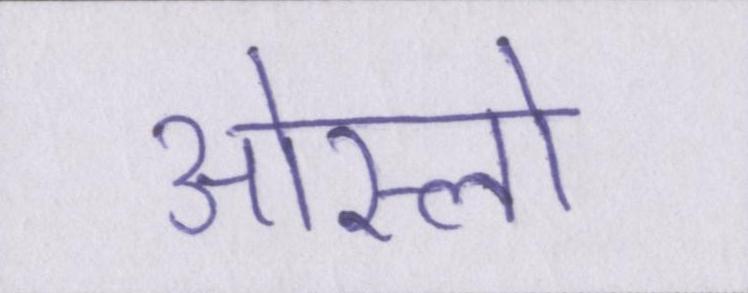
ओस्लो